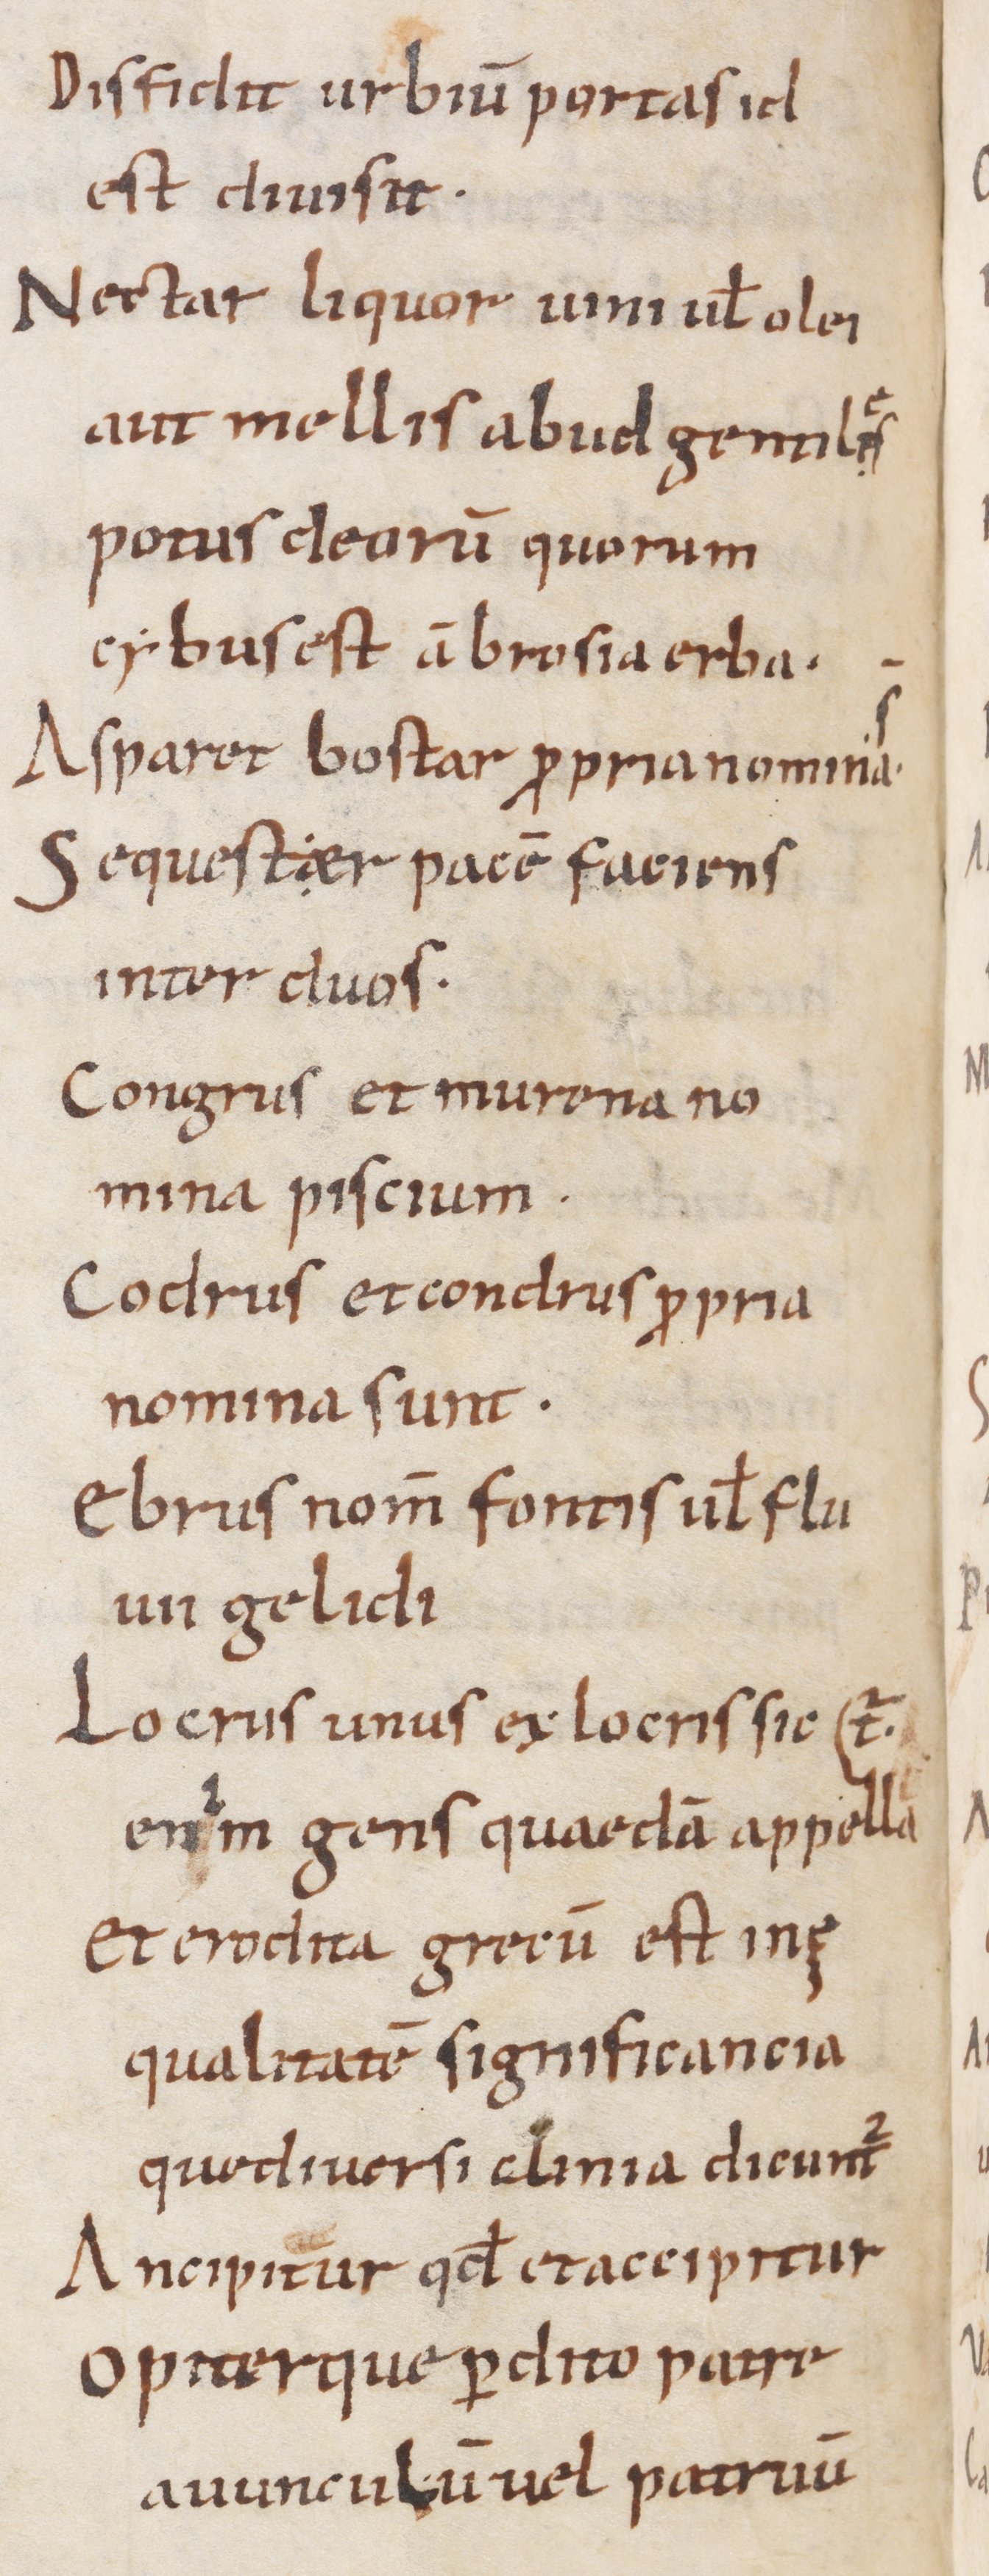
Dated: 900–1199